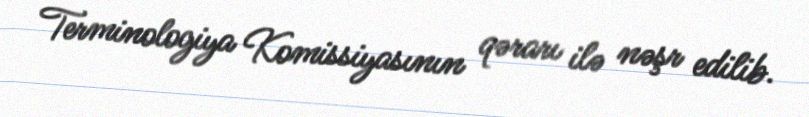
Terminologiya Komissiyasının qərarı ilə nəşr edilib.